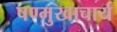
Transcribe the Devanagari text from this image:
षण्मुखाचार्य